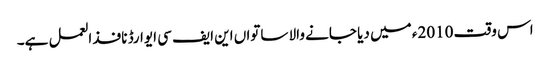
اس وقت 2010ء میں دیا جانے والا ساتواں این ایف سی ایوارڈ نافذ العمل ہے۔